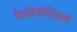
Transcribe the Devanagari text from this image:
पेलोपोनेसस